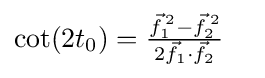
\cot(2t_{0})={\tfrac {{\vec {f}}_{1}^{\,2}-{\vec {f}}_{2}^{\,2}}{2{\vec {f}}_{1}\cdot {\vec {f}}_{2}}}\quad